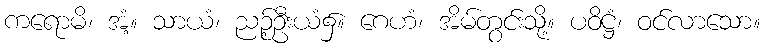
ကရောမိ၊ အံ့။ သာယံ၊ ညဉ့်ဦးယံ၌။ ဂေဟံ၊ အိမ်တွင်းသို့။ ပဝိဋ္ဌံ၊ ဝင်လာသော။